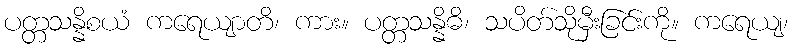
ပတ္တသန္နိစယံ ကရေယျာတိ၊ ကား။ ပတ္တသန္နိဓိ၊ သပိတ်သိုမှီးခြင်းကို။ ကရေယျ၊